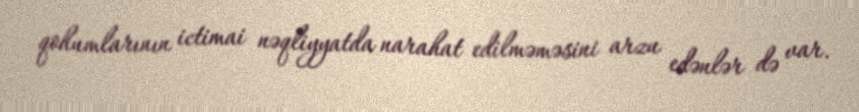
qohumlarının ictimai nəqliyyatda narahat edilməməsini arzu edənlər də var.